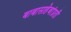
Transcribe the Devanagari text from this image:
बाबासाहेबांप्रती